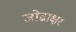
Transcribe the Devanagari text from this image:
जोढाक्षर